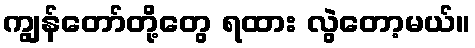
ကျွန်တော်တို့တွေ ရထား လွဲတော့မယ်။